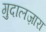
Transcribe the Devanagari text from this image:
गुदालज़ारा